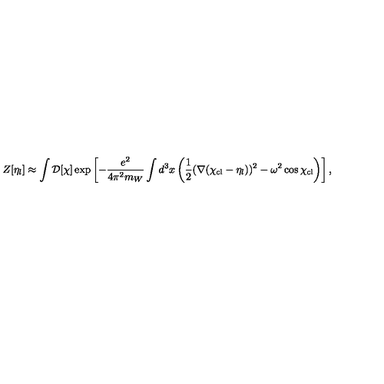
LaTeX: Z [ \eta _ { l } ] \approx \int { \cal D } [ \chi ] \exp \left[ - { \frac { e ^ { 2 } } { 4 \pi ^ { 2 } m _ { W } } } \int d ^ { 3 } x \left( { \frac { 1 } { 2 } } ( \nabla ( \chi _ { \mathrm { c l } } - \eta _ { l } ) ) ^ { 2 } - \omega ^ { 2 } \cos \chi _ { \mathrm { c l } } \right) \right] ,